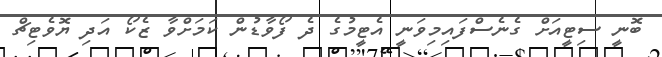
ބޮނީ ސިޓީއަށް ގެނެސްފައިމިވަނީ އެޓީމުގެ ދެ ފޯވާޑުން ކަމަށްވާ ޒެކޯ އަދި ޔޮވެޓިޗް